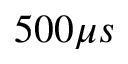
5 0 0 \mu s